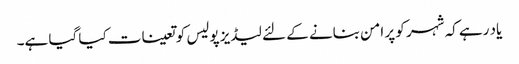
یاد رہے کہ شہر کو پر امن بنانے کے لئے لیڈیز پولیس کو تعینات کیا گیا ہے۔